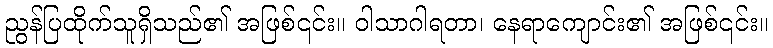
ညွန်ပြထိုက်သူရှိသည်၏ အဖြစ်၎င်း။ ဝါသာဂါရတာ၊ နေရာကျောင်း၏ အဖြစ်၎င်း။